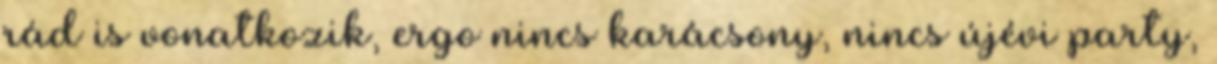
rád is vonatkozik, ergo nincs karácsony, nincs újévi party,